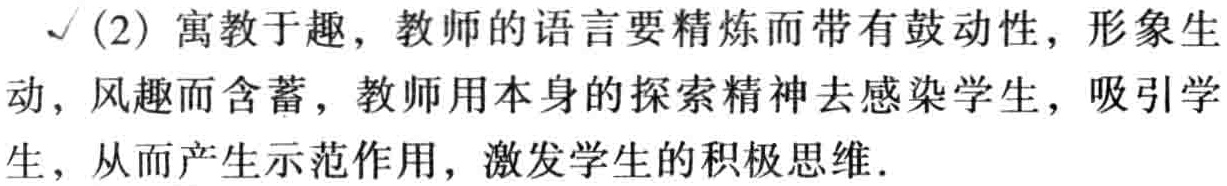
$\checkmark$(2) 寓教于趣，教师的语言要精炼而带有鼓动性，形象生动，风趣而含蓄，教师用本身的探索精神去感染学生，吸引学生，从而产生示范作用，激发学生的积极思维.